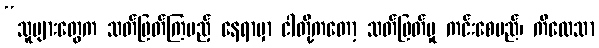
“သူများတွေက သတ်ဖြတ်ကြမည့် နေရာမှာ ငါတို့ကတော့ သတ်ဖြတ်မှု ကင်းစေမည်၊ ကိလေသာ